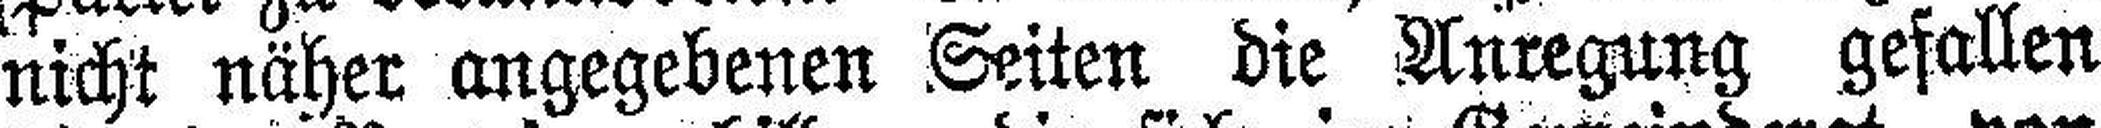
nicht näher angegebenen Seiten die Anregung gefallen